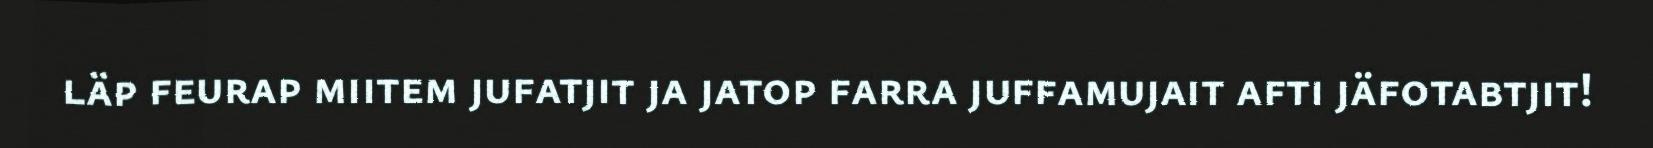
läp feurap miitem jufatjit ja jatop farra juffamujait afti jäfotabtjit!